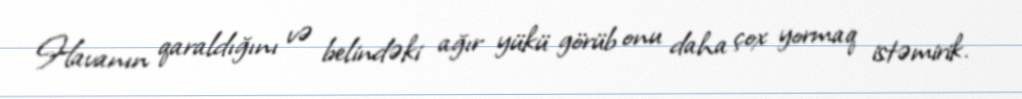
Havanın qaraldığını və belindəki ağır yükü görüb onu daha çox yormaq istəmirik.